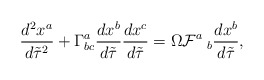
\begin{align*}\frac{d^2 x^a}{d\tilde{\tau}^2}+\Gamma^a_{bc}\frac{d x^b}{d\tilde{\tau}}\frac{d x^c}{d\tilde{\tau}}=\Omega{\cal F}^a\hspace*{1mm}_b\frac{d x^b}{d\tilde{\tau}},\end{align*}